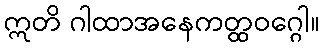
ဣတိ ဂါထာအနေကတ္ထဝဂ္ဂေါ။